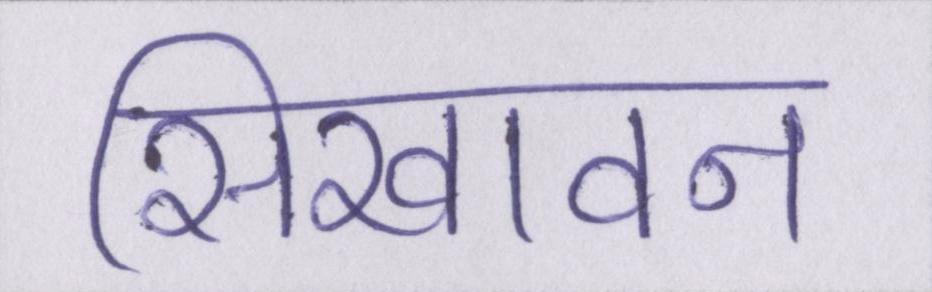
सिखावन